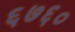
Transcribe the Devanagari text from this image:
६७६०